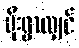
မိုးရွာလျှင်